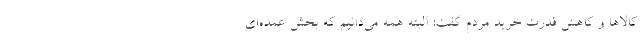
کالاها و کاهش قدرت خرید مردم گفت: البته همه می‌دانیم که بخش عمده‌ای